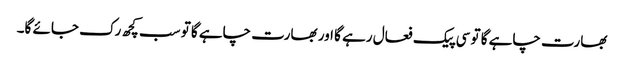
بھارت چاہے گا تو سی پیک فعال رہے گا اور بھارت چاہے گا تو سب کچھ رک جائے گا۔